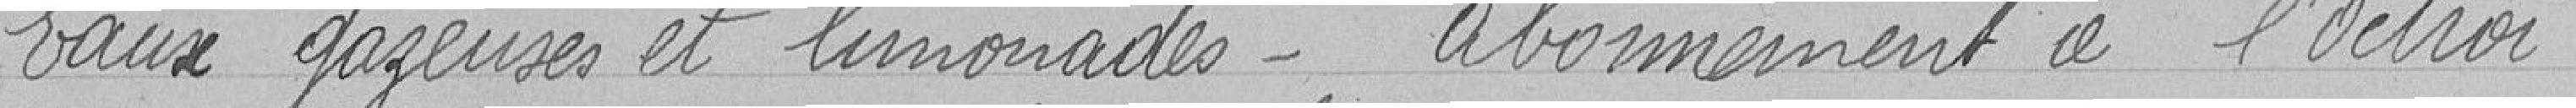
Eaux gazeuses et limonade - Abonnement à l'Octroi